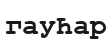
гауҺар